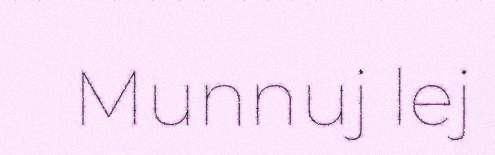
Munnuj lej